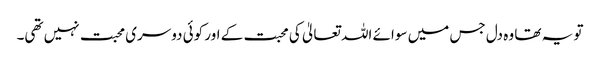
تو یہ تھا وہ دل جس میں سوائے اللہ تعالیٰ کی محبت کے اور کوئی دوسری محبت نہیں تھی۔